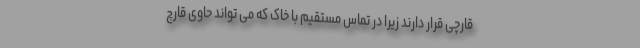
قارچی قرار دارند زیرا در تماس مستقیم با خاک که می تواند حاوی قارچ